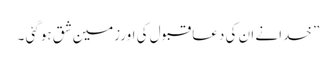
” خدانے ان کی دعا قبول کی اورزمین شق ہوگئی ۔